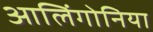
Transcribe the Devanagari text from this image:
आलिंगोनिया